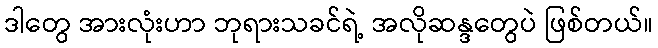
ဒါတွေ အားလုံးဟာ ဘုရားသခင်ရဲ့ အလိုဆန္ဒတွေပဲ ဖြစ်တယ်။